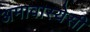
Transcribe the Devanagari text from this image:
अमावास्येसी